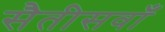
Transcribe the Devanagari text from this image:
सैतीसवाँ